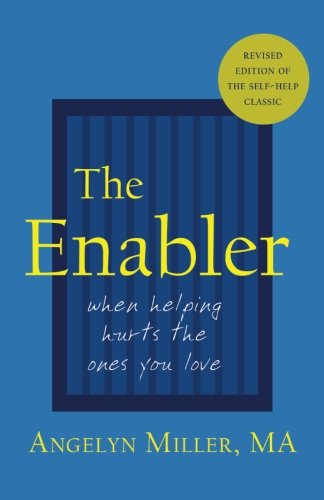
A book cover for The Enabler: When Helping Hurts the Ones You Love; Angelyn Miller; Self-Help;